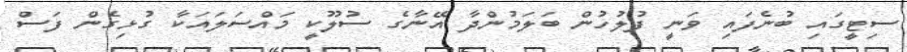
ސިޓީގައި ބުނެފައި ވަނީ ފުލުހުން ބަލަމުންދާ އޭނާގެ ސުލޫކީ މައްސަލައަކާ ގުޅިގެން ފަސް